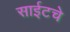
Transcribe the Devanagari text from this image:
साईटचे